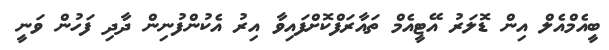
ބީއެމްއެލް އިން ޑޮލަރު އޭޓީއެމް ތައާރަފްކޮށްފައިވާ އިރު އެކުންފުނިން ދާދި ފަހުން ވަނީ